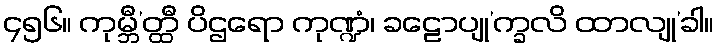
၄၅၆။ ကုမ္ဘီ’တ္ထီ ပိဌရော ကုဏ္ဍံ၊ ခဠောပျု’က္ခလိ ထာလျု’ခါ။